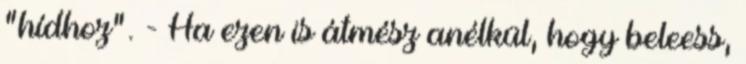
"hídhoz". - Ha ezen is átmész anélkül, hogy beleess,